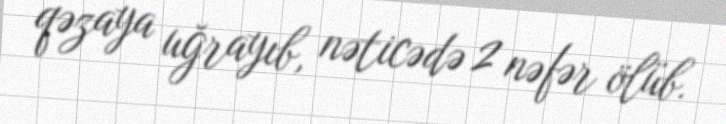
qəzaya uğrayıb, nəticədə 2 nəfər ölüb.